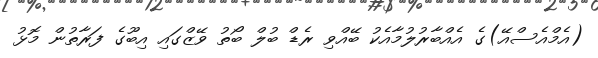
(އެމްއެސްއޭ)ގެ އެއްބާރުލުމާއެކު ބޭއްވި ރެޑް ބުލް ބޯތު ވޭޒްގައި އިބޫގެ ފަރާތުން މޮޅު